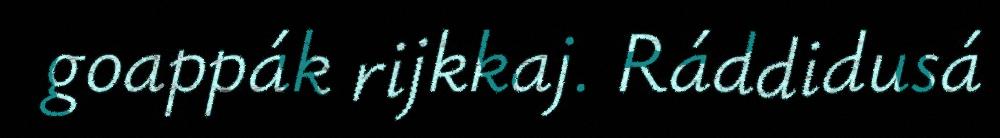
goappák rijkkaj. Ráddidusá